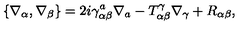
\{ \nabla _ { \alpha } , \nabla _ { \beta } \} = 2 i \gamma _ { \alpha \beta } ^ { a } \nabla _ { a } - T _ { \alpha \beta } ^ { \gamma } \nabla _ { \gamma } + R _ { \alpha \beta } ,